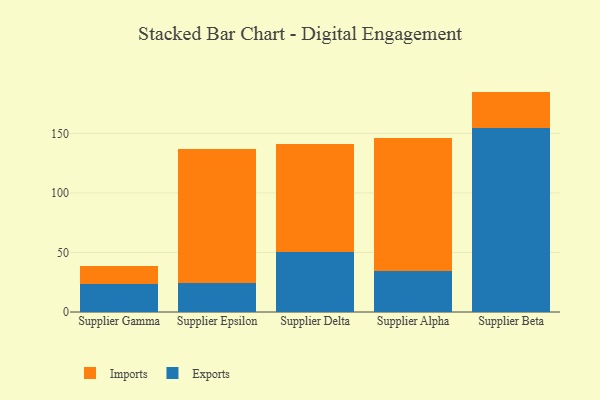
{"axis": {"x": "Supplier", "y": "Shipments"}, "legend": ["Exports", "Imports"], "data": [{"x": "Supplier Gamma", "y": 23.2, "type": "Exports"}, {"x": "Supplier Gamma", "y": 15.7, "type": "Imports"}, {"x": "Supplier Epsilon", "y": 24.6, "type": "Exports"}, {"x": "Supplier Epsilon", "y": 112.5, "type": "Imports"}, {"x": "Supplier Delta", "y": 50.5, "type": "Exports"}, {"x": "Supplier Delta", "y": 90.4, "type": "Imports"}, {"x": "Supplier Alpha", "y": 34.7, "type": "Exports"}, {"x": "Supplier Alpha", "y": 111.6, "type": "Imports"}, {"x": "Supplier Beta", "y": 154.7, "type": "Exports"}, {"x": "Supplier Beta", "y": 30.4, "type": "Imports"}]}